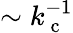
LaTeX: \sim k_{\mathrm{~c~}}^{-1}